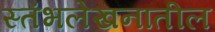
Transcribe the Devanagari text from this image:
स्तंभलेखनातील